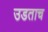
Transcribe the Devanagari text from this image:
उडताच